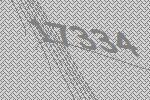
17334